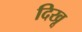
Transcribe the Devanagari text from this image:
दिखू